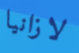
لازانيا